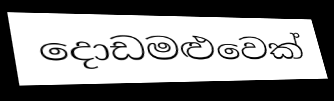
දොඩමළුවෙක්